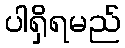
ပါရှိရမည်